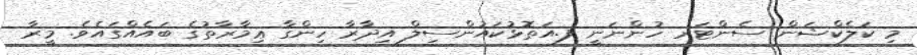
މި ކަލެކްޝަން ސެންޓަރ ހުންނަނީ ފ.އަތޮޅުކައުންސިލް އިދާރާ ހިންގާ ޢިމާރާތުގެ ބައެއްގައެވެ. މީރާ